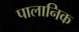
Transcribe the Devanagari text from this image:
पालानिक